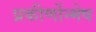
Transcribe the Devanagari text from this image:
प्रकीर्णोन्मेष